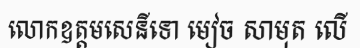
លោកឧត្តមសេនីទោ មៀច សាមុត លើ